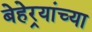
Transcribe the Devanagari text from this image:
बेहेर्‍यांच्या